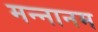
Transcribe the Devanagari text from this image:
मन्नानम